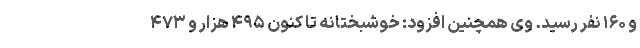
و ۱۶۰ نفر رسید. وی همچنین افزود: خوشبختانه تا کنون ۴۹۵ هزار و ۴۷۳